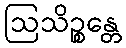
ဩသိဉ္စန္တေ